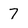
Character: 7